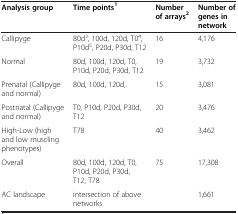
<table><thead><tr><td><b>Analysis group</b></td><td><b>Time points<sup>1</sup></b></td><td><b>Number of arrays<sup>2</sup></b></td><td><b>Number of genes in network</b></td></tr></thead><tbody><tr><td>Callipyge</td><td>80d<sup>3</sup>, 100d, 120d, T0<sup>4</sup>, P10d<sup>5</sup>, P20d, P30d, T12</td><td>16</td><td>4,176</td></tr><tr><td>Normal</td><td>80d, 100d, 120d, T0, P10d, P20d, P30d, T12</td><td>19</td><td>3,732</td></tr><tr><td>Prenatal (Callipyge and normal)</td><td>80d, 100d, 120d,</td><td>15</td><td>3,081</td></tr><tr><td>Postnatal (Callipyge and normal)</td><td>T0, P10d, P20d, P30d, T12</td><td>20</td><td>3,476</td></tr><tr><td>High-Low (high and low muscling phenotypes)</td><td>T78</td><td>40</td><td>3,462</td></tr><tr><td>Overall</td><td>80d, 100d, 120d, T0, P10d, P20d, P30d, T12, T78</td><td>75</td><td>17,308</td></tr><tr><td>AC landscape</td><td>intersection of above networks</td><td>[EMPTY_CELL]</td><td>1,661</td></tr></tbody></table>